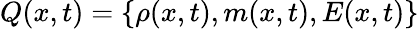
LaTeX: Q(x,t)=\{ \rho(x,t),m(x,t),E(x,t)\}